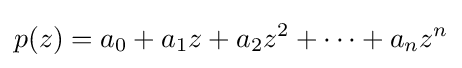
p(z)=a_{0}+a_{1}z+a_{2}z^{2}+\cdots +a_{n}z^{n}